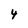
Character: 4